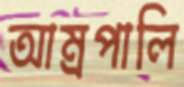
আম্রপালি